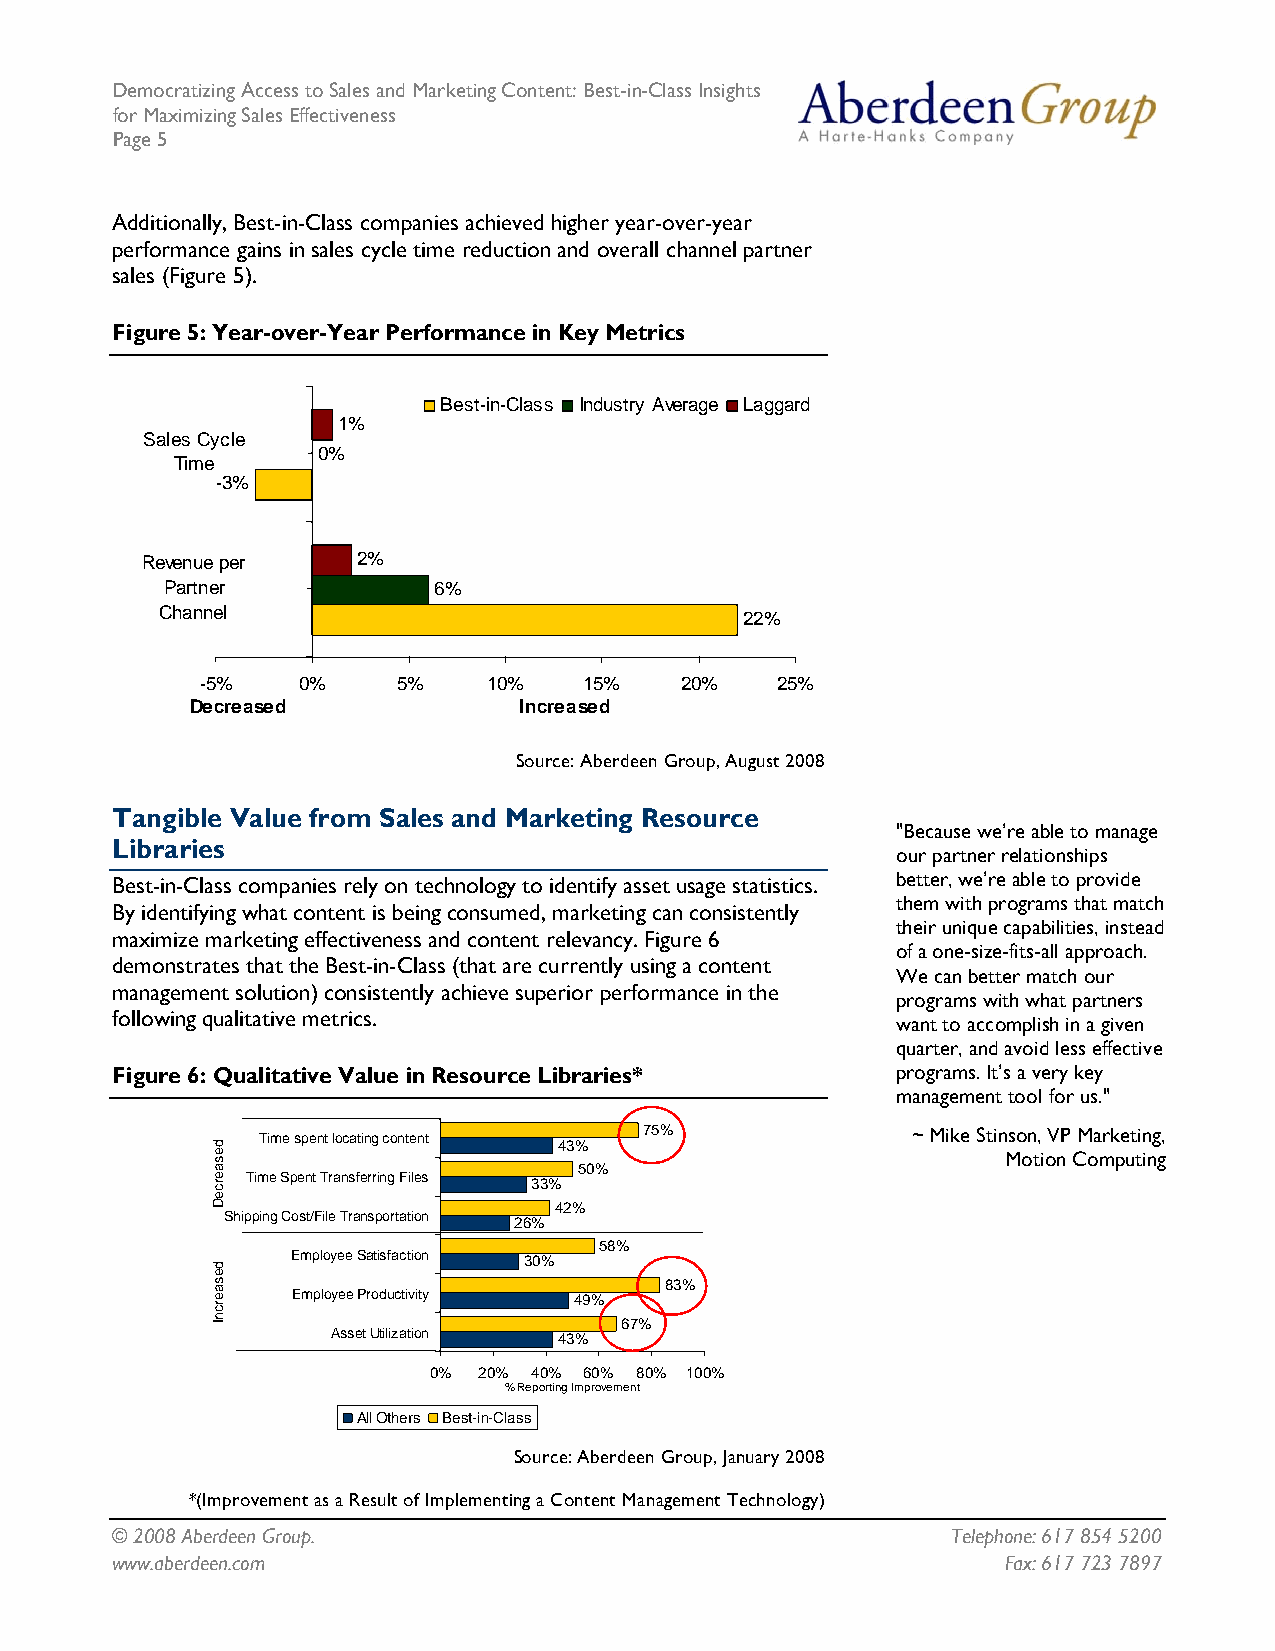
Democratizing Access to Sales and Marketing Content: Best-in-Class Insights
 for Maximizing Sales Effectiveness
 Page 5
 Additionally, Best-in-Class companies achieved higher year-over-year
 performance gains in sales cycle time reduction and overall channel partner
 sales (Figure 5).
 Figure 5: Year-over-Year Performance in Key Metrics
 Best-in-Class Industry Average Laggard
 1%
 Sales Cycle
 0%
 Time
 -3%
 Revenue per    2%
 Partner           6%
 Channel                               22%
 -5%    0%    5%    10%    15%   20%   25%
 Decreased            Increased
 Source: Aberdeen Group, August 2008
 Tangible Value from Sales and Marketing Resource
 "Because we’re able to manage
 Libraries
 our partner relationships
 Best-in-Class companies rely on technology to identify asset usage statistics. better, we’re able to provide
 them with programs that match
 By identifying what content is being consumed, marketing can consistently
 their unique capabilities, instead
 maximize marketing effectiveness and content relevancy. Figure 6
 of a one-size-fits-all approach.
 demonstrates that the Best-in-Class (that are currently using a content
 We can better match our
 management solution) consistently achieve superior performance in the
 programs with what partners
 following qualitative metrics.                      want to accomplish in a given
 quarter, and avoid less effective
 Figure 6: Qualitative Value in Resource Libraries*  programs. It’s a very key
 management tool for us."
 Time spent locating content 75%            ~ Mike Stinson, VP Marketing,
 43%
 Motion Computing
 50%
 Time Spent Transferring Files
 33%
 42%
 Shipping Cost/File Transportation
 26%
 58%
 Employee Satisfaction 30%
 83%
 Employee Productivity 49%
 67%
 Asset Utilization 43%
 0%  20% 40% 60% 80% 100%
 % Reporting Improvement
 All Others Best-in-Class
 Source: Aberdeen Group, January 2008
 *(Improvement as a Result of Implementing a Content Management Technology)
 © 2008 Aberdeen Group.                                  Telephone: 617 854 5200
 www.aberdeen.com                                            Fax: 617 723 7897
 desaerceD
 desaercnI